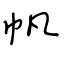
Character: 帆